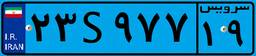
۰۱S۷۲۴۱۲